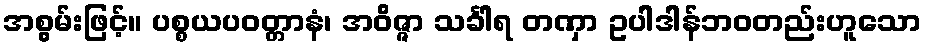
အစွမ်းဖြင့်။ ပစ္စယပဝတ္တာနံ၊ အဝိဇ္ဇာ သင်္ခါရ တဏှာ ဥပါဒါန်ဘဝတည်းဟူသော